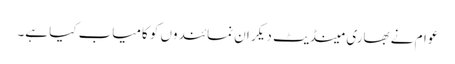
عوام نے بھاری مینڈیٹ دیکر ان نمائندوں کو کامیاب کیا ہے۔